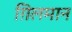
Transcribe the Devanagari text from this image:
ग़िलमान